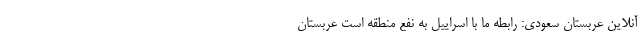
آنلاین عربستان سعودی: رابطه ما با اسراییل به نفع منطقه است عربستان